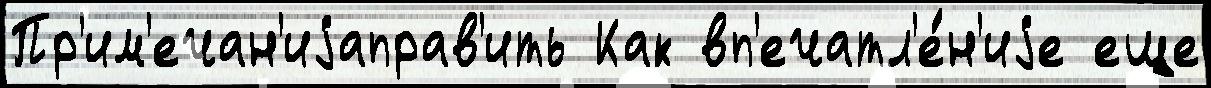
Пр'им'ечан'иjаправ'ить Как вп'ечатл'е́н'иjе еще